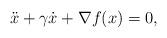
LaTeX: \begin{align*}\ddot x + \gamma\dot x + \nabla f(x) = 0,\end{align*}